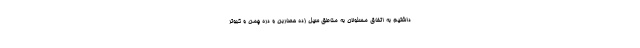
داشتیم به اتفاق مسئولان به مناطق سیل زده حصاربُن و دره چمن و کبوتر